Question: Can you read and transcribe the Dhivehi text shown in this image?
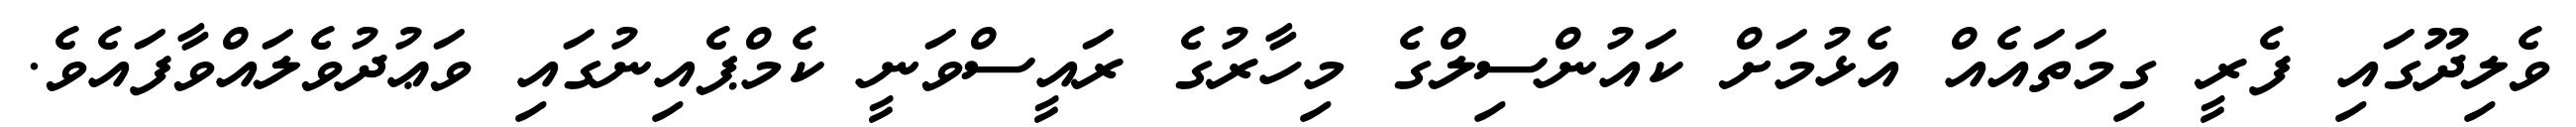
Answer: ވެލިދޫގައި ފެރީ ގިމަތައެއް އެޅުމަށް ކައުންސިލްގެ މިހާރުގެ ރައީސްވަނީ ކެމްޕެއިނުގައި ވަޢުދުވެލައްވާފައެވެ.